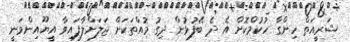
ޝަރީއަތް ހިންގާ ހުކުމްކޮށް އެ ދެ ބޭފުޅުން ދިގު މުއްތަކަށް ޖަލަށްލާފައިވާ އީޔޫއިންވަނީ